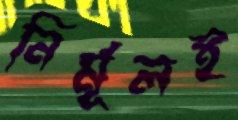
নির্মূলই